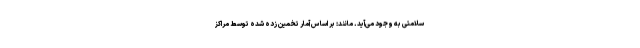
سلامتی به وجود می‌آید. مانند: بر اساس آمار تخمین زده شده توسط مراکز